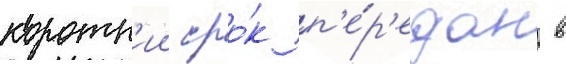
коротк'ии сро́к п'е́р'едан в